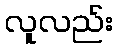
လူလည်း